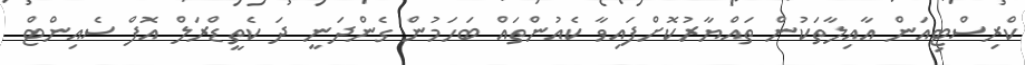
ކްރިސްޓިއަން އާއިލާތަކުން ތައްޔާރުކޮށްފައިވާ ކެއުންތައް ބަހަމުން ގެންދަނީ ދަ ކެތީޑްރަލް އޮފް ސެއިންޓް